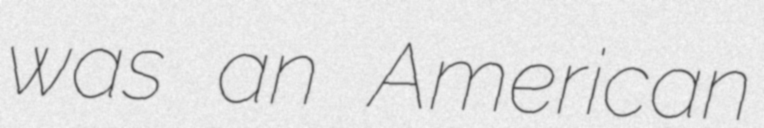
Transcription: was an American